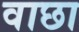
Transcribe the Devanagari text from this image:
वाछा